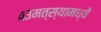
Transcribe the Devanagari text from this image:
४३मत्स्यामध्यें